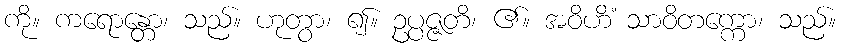
ကို။ ကရောန္တော၊ သည်။ ဟုတွာ၊ ၍။ ဥပ္ပဇ္ဇတိ၊ ၏။ အဝိဟိံ သာဝိတက္ကော၊ သည်။